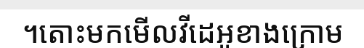
។តោះមកមើលវីដេអូខាងក្រោម